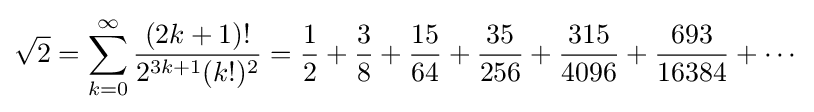
{\sqrt {2}}=\sum _{k=0}^{\infty }{\frac {(2k+1)!}{2^{3k+1}(k!)^{2}}}={\frac {1}{2}}+{\frac {3}{8}}+{\frac {15}{64}}+{\frac {35}{256}}+{\frac {315}{4096}}+{\frac {693}{16384}}+\cdots